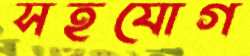
সহযোগ